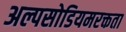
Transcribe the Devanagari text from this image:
अल्पसोडियमरक्तता